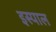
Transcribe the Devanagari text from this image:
इस्पाल